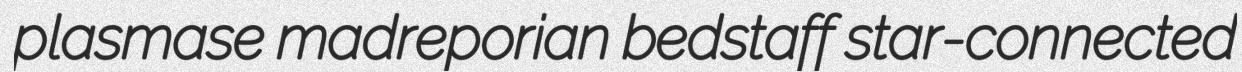
plasmase madreporian bedstaff star-connected